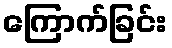
ကြောက်ခြင်း